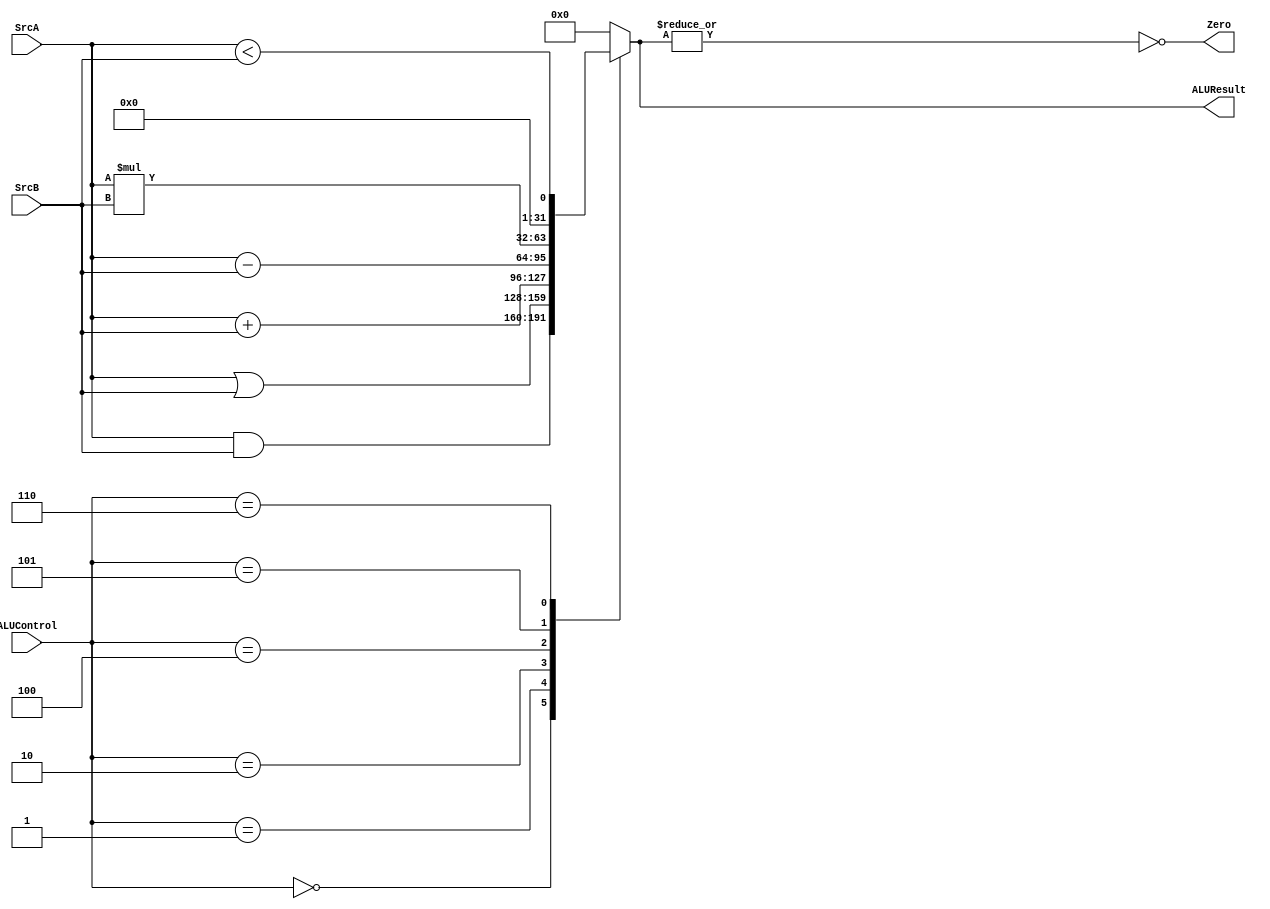
/************************************************************/
/* Module Name: ALU                                         */
/* Module Function:                                         */
/*  ALU is responsible of performing the AND, OR, Add,      */
/*  Subtract, Multiply and Set less than, through the 3-bit */
/*  ALU control signal coming from the control unit.        */
/************************************************************/
module ALU#
(
    parameter   DATA_WIDTH      =   32
)
(
    input   wire    [DATA_WIDTH-1:0]    SrcA        ,
    input   wire    [DATA_WIDTH-1:0]    SrcB        ,
    input   wire    [2:0]               ALUControl  ,

    output  reg     [DATA_WIDTH-1:0]    ALUResult   ,   
    output  wire                        Zero
);

localparam AND  = 3'b000    ;
localparam OR   = 3'b001    ;
localparam PLS  = 3'b010    ;
localparam MIN  = 3'b100    ;
localparam MUL  = 3'b101    ;
localparam SLT  = 3'b110    ;

    always @ (*)
        begin
            case (ALUControl)
                AND :   ALUResult = SrcA & SrcB     ;
                OR  :   ALUResult = SrcA | SrcB     ;
                PLS :   ALUResult = SrcA + SrcB     ;
                MIN :   ALUResult = SrcA - SrcB     ;
                MUL :   ALUResult = SrcA * SrcB     ;
                SLT :   ALUResult = (SrcA < SrcB)   ;

                default :   ALUResult = {(DATA_WIDTH){1'b0}}    ;
            endcase
        end

    assign  Zero  = ~(|ALUResult)   ;

endmodule